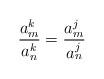
LaTeX: \begin{align*}\frac{a_m^k}{a_n^k} = \frac{a_m^j}{a_n^j}\end{align*}